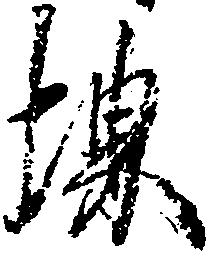
堺